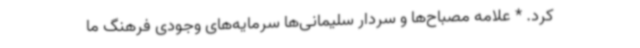
کرد. * علامه مصباح‌ها و سردار سلیمانی‌ها سرمایه‌های وجودی فرهنگ ما